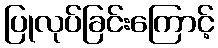
ပြုလုပ်ခြင်းကြောင့်